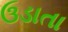
ઉડાતા